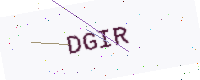
Text: DGIR